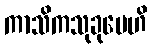
ကာသိကသုခုမေဟိ